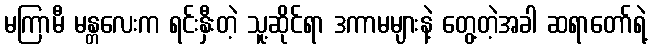
မကြာမီ မန္တလေးက ရင်းနှီးတဲ့ သူ့ဆိုင်ရာ ဒကာမများနဲ့ တွေ့တဲ့အခါ ဆရာတော်ရဲ့